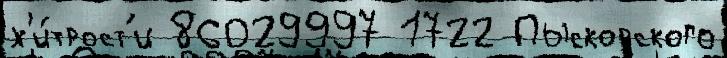
х'и́трост'и 86029997 1722 Пыскорского